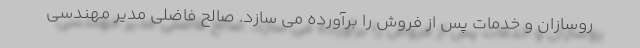
روسازان و خدمات پس از فروش را برآورده می سازد. صالح فاضلی مدیر مهندسی